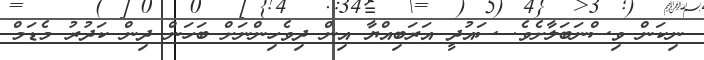
ނިކަން ވިސްނަބަލާށެވެ. ސައުދީ އަރަބިއްޔާ އިން ދިވެހިންނަށް ބަހަން ދިން ކަދުރު މެޑަމް